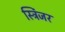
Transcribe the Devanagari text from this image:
स्ट्रिंजर